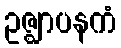
ဥဇ္ဈာပနကံ